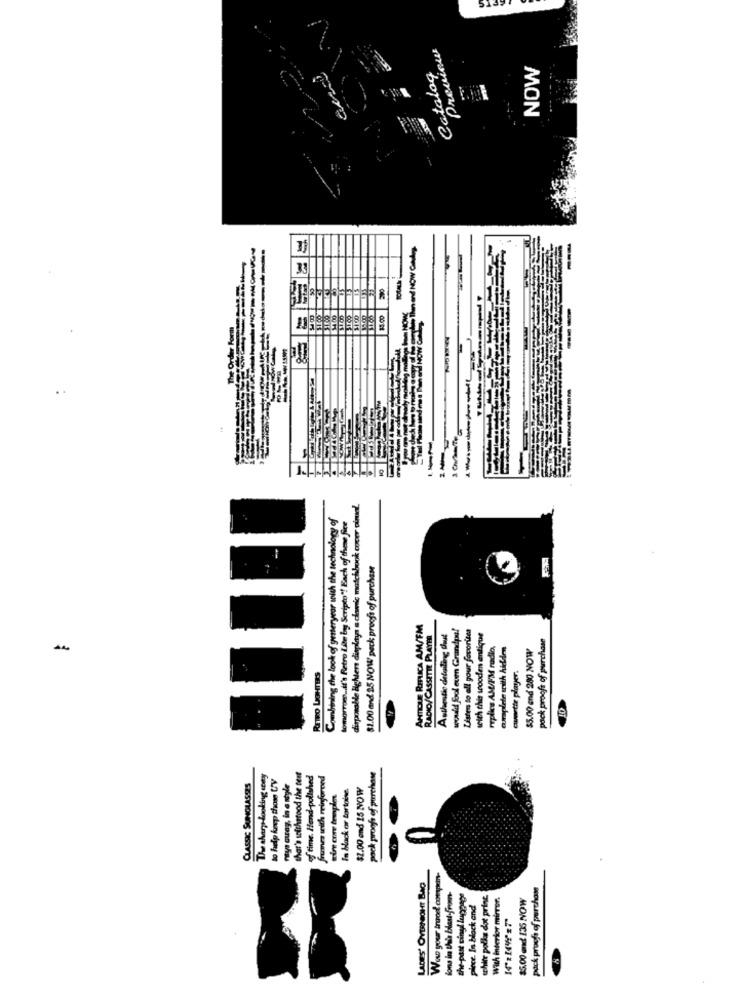
Previews
Catalog
NOW
Then and NOW CIMAp
33
he Order Form
8=
disposable lighters displays a clawic matchbook cover cimaal.
Combining the look of yesteryear with the technology of
tomorrow ... it's Retro Lite by Scripto"! Each of these fee
81.00 and 35 NOW peck prooft of purchase
ANTIQUE REPLICA AM/FM
ww.ild fool eum Grandpa!
Listen to all your favorites
RADIO/ CASSETTE PLAYER
Authentic detodling Cout
weich this wooden antique
pack proofs of purchase
replies AM/FM radio,
complete sith hidden
$5.00 and 280 NOW
-
RETRO LIGHTERS
wwwette player.
The share looking cony
to help keep those UV
ntya away, in a style
that's solchstood the test
of time. Hend-polished
frumes with reinforced
pock proofs of purchase
CLASSIC SUNGLASSES
In black or tortoise.
$2.00 and 15 NOW
LADIES' OVERNIGHT BAC
Was your trood compen-
pack proch of purchase
ions in this blast from-
the-past cingl luggage
white polka dot pring.
With interior mirror.
$5.00 mxd 135 NOW
piece. In black and